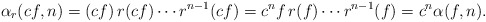
\begin{align*}\alpha_r(cf,n) = (cf) \, r(cf) \cdots r^{n-1}(cf) = c^{n} f \, r(f) \cdots r^{n-1}(f) = c^n \alpha(f,n).\end{align*}